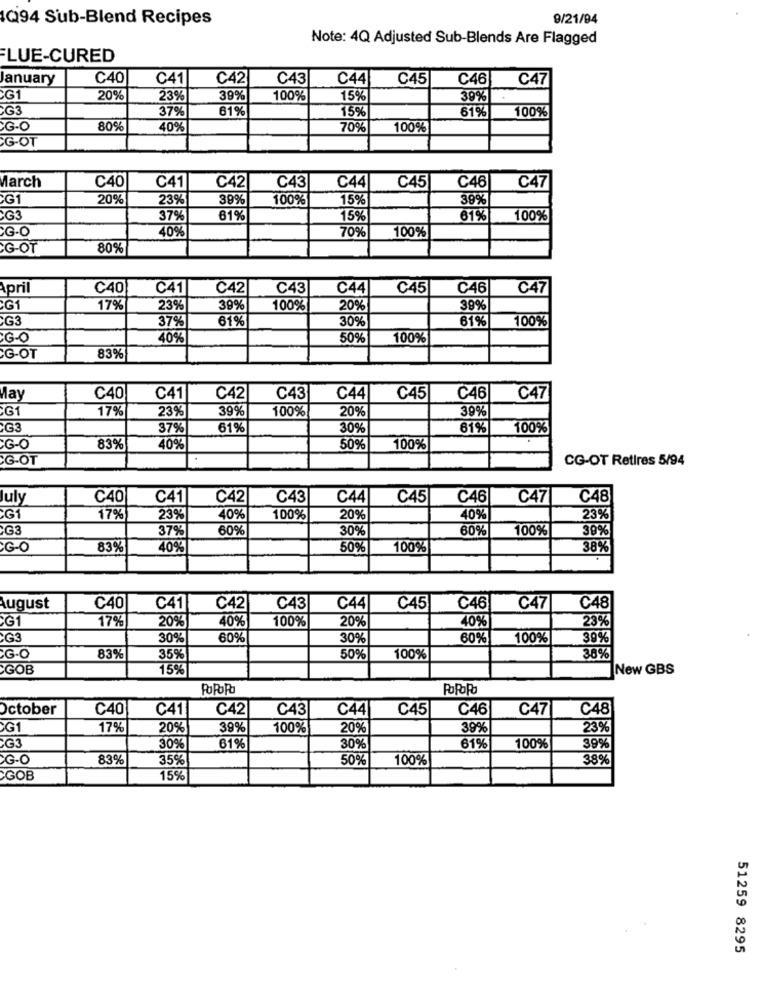
Q94 Sub-Blend Recipes
9/21/94
Note: 4Q Adjusted Sub-Blends Are Flagged
LUE-CURED
anuary
C40
C41
C42
C43
C44
C45
C46
C47
G1
20%
23%
39%
100%
15%
39%
G3
37%
61%
15%
61%
100%
G.O
80%
40%
70%
100%
G-OT
March
C40
C41
C42
C43
C44
C45
C46
C47
G1
20%
23%
39%
100%
15%
39%
G3
37%
81%
15%
61%
100%
70%
40%
100%
SG-OT
80%
April
C40
C41
C42
C43
C44
C45
C46
C47
17%
23%
39%
100%
20%
39%
G3
37%
61%
30%
61%
100%
GO
40%
50%
100%
G-OT
83%
lay
C40
C41
C42
C43
C44
C45
C46
C47
G1
17%
23%
39%
100%
20%
39%
G3
37%
61%
30%
61%
100%
GO
83%
40%
50%
100%
G.OT
CG-OT Retires 5/94
July
C40
C41
C42
C43
C44
C45
C46
C47
C48
G1
17%
23%
40%
100%
20%
40%
23%
2G3
37%
60%
30%
60%
100%
39%
GO
83%
40%
50%
100%
38%
August
C40
C41
C42
C43
C44
C45
C46
C47
C48
G1
20%
40%
100%
40%
23%
17%
20%
G3
30%
60%
30%
60%
100%
39%
G.O
83%
35%
50%
100%
38%
GOB
15%
New GBS
POPolo
PoPolo
October
C40
C41
C42
C43
C44
C45
C46
C47
C48
G1
17%
20%
39%
100%
20%
39%
23%
G3
30%
61%
30%
61%
100%
39%
83%
35%
50%
100%
38%
GOB
15%
51259 8295